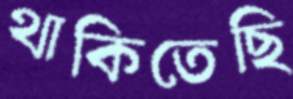
থাকিতেছি